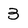
Character: 3